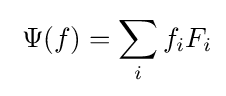
\;\Psi (f)=\sum _{i}f_{i}F_{i}